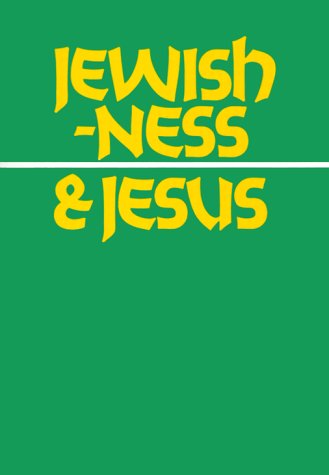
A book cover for Jewishness & Jesus (Ivp Booklets); Daniel C. Juster; Religion & Spirituality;